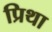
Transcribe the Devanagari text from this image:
प्रिथा